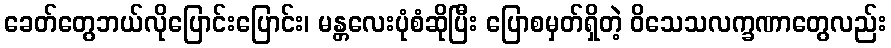
ခေတ်တွေဘယ်လိုပြောင်းပြောင်း၊ မန္တလေးပုံစံဆိုပြီး ပြောစမှတ်ရှိတဲ့ ဝိသေသလက္ခဏာတွေလည်း